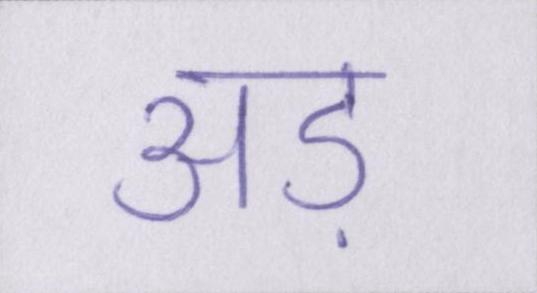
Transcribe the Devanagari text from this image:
अड़